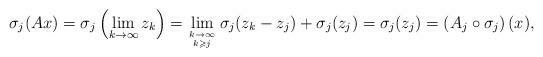
LaTeX: \begin{align*}\sigma_j(Ax) = \sigma_j\left( \lim_{k \to \infty} z_k \right) = \lim_{{k \to \infty} \atop {k \geqslant j} } \sigma_j(z_k - z_j)+\sigma_j(z_j) = \sigma_j(z_j) =\left( A_j \circ \sigma_j \right)(x),\end{align*}